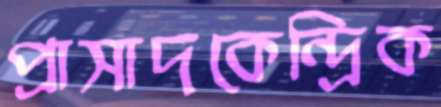
প্রাসাদকেন্দ্রিক